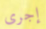
إجرى